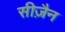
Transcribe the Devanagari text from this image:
सीज़ैन